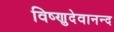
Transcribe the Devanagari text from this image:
विष्णुदेवानन्द